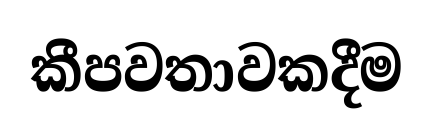
කීපවතාවකදීම